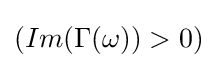
\left(Im(\Gamma (\omega ))>0\right)